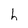
Character: h